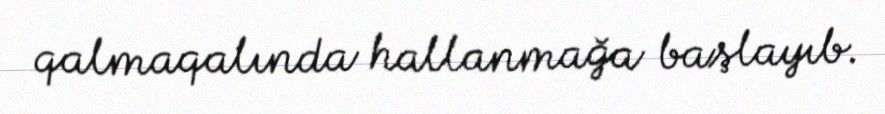
qalmaqalında hallanmağa başlayıb.